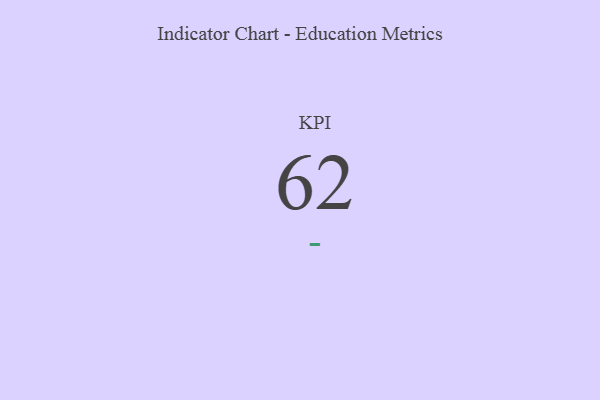
{"axis": {"x": "KPI", "y": "Value"}, "legend": [""], "data": [{"x": "KPI", "y": 62, "type": ""}]}